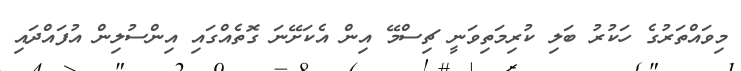
މިވައްތަރުގެ ހަކުރު ބަލި ކުރިމަތިވަނީ ޗިސްމޭ އިން އެކަށޭނަ ގޮތެއްގައި އިންސުލިން އުފައްދައި